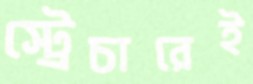
স্ট্রেচারেই